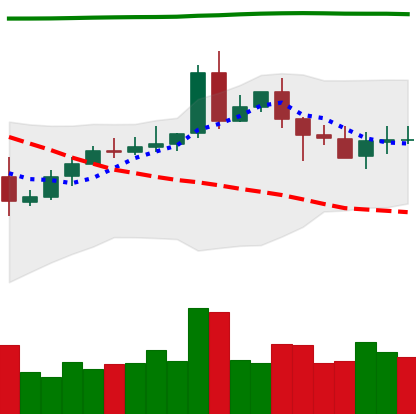
Ticker: EOS-USD
Chart end date: 2020-05-09
Forward return: -5.445%
Label: down_5_7